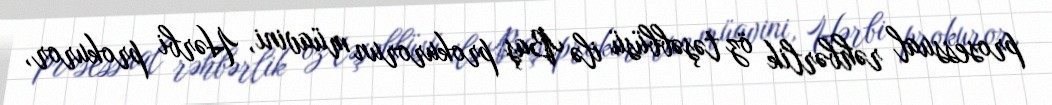
prosessual rəhbərlik öz təşəbbüsü ilə Baş prokurorun müavini, Hərbi prokuror,